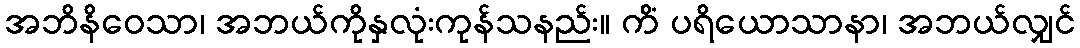
အဘိနိဝေသာ၊ အဘယ်ကိုနှလုံးကုန်သနည်း။ ကိံ ပရိယောသာနာ၊ အဘယ်လျှင်